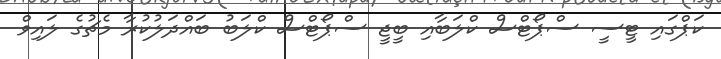
ކަޕްގައި ޓީސީ ސްޕޯޓްސް ކްލަބާއި ބީޖީ ސްޕޯޓްސް ކްލަބު ބައްދަލުކުރާ މެޗުގެ ލައިވް